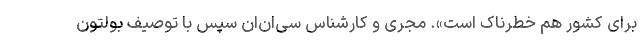
برای کشور هم خطرناک است». مجری و کارشناس سی‌ان‌ان سپس با توصیف بولتون